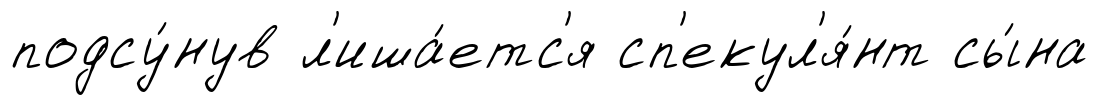
подсу́нув л'иша́етс'я сп'екул'я́нт сы́на